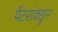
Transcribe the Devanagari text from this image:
पेंटरांकडून